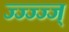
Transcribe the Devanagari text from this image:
ज्ज्ज्ज्ज्